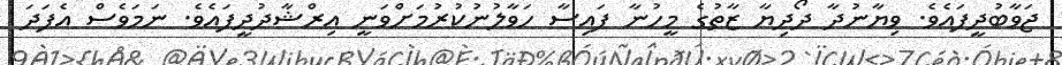
ޖަވާބުދީފައެވެ. ވިޔާނުދާ ދޯދިޔާ ޒާތުގެ މީހުނާ ފައިސާ ހަވާލުނުކުރުމަށްވަނީ އިރްޝާދުދީފައެވެ. ނަމަވެސް އެފަދަ